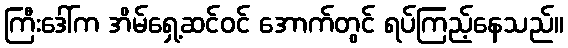
ကြီးဒေါ်က အိမ်ရှေ့ဆင်ဝင် အောက်တွင် ရပ်ကြည့်နေသည်။